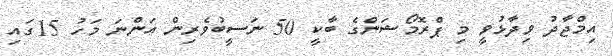
އިމްޖާދު ވިދާޅުވީ މި ޕްރޮމޯޝަންގެ ބާކީ 50 ނަސީބުވެރިން އަންނަ މަހު 15ގައި